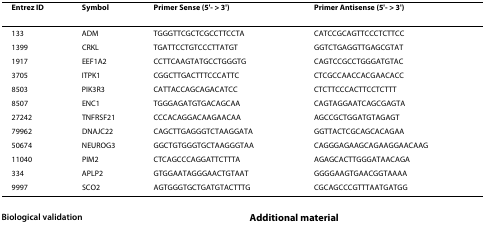
| Entrez ID | Symbol | Primer Sense (5'- > 3') | Primer Antisense (5'- > 3') |
 | --- | --- | --- | --- |
 | 133 | ADM | TGGGTTCGCTCGCCTTCCTA | CATCCGCAGTTCCCTCTTCC |
 | 1399 | CRKL | TGATTCCTGTCCCTTATGT | GGTCTGAGGTTGAGCGTAT |
 | 1917 | EEF1A2 | CCTTCAAGTATGCCTGGGTG | CAGTCCGCCTGGGATGTAC |
 | 3705 | ITPK1 | CGGCTTGACTTTCCCATTC | CTCGCCAACCACGAACACC |
 | 8503 | PIK3R3 | CATTACCAGCAGACATCC | CTCTTCCCACTTCCTCTTT |
 | 8507 | ENC1 | TGGGAGATGTGACAGCAA | CAGTAGGAATCAGCGAGTA |
 | 27242 | TNFRSF21 | CCCACAGGACAAGAACAA | AGCCGCTGGATGTAGAGT |
 | 79962 | DNAJC22 | CAGCTTGAGGGTCTAAGGATA | GGTTACTCGCAGCACAGAA |
 | 50674 | NEUROG3 | GGCTGTGGGTGCTAAGGGTAA | CAGGGAGAAGCAGAAGGAACAAG |
 | 11040 | PIM2 | CTCAGCCCAGGATTCTTTA | AGAGCACTTGGGATAACAGA |
 | 334 | APLP2 | GTGGAATAGGGAACTGTAAT | GGGGAAGTGAACGGTAAAA |
 | 9997 | SCO2 | AGTGGGTGCTGATGTACTTTG | CGCAGCCCGTTTAATGATGG |